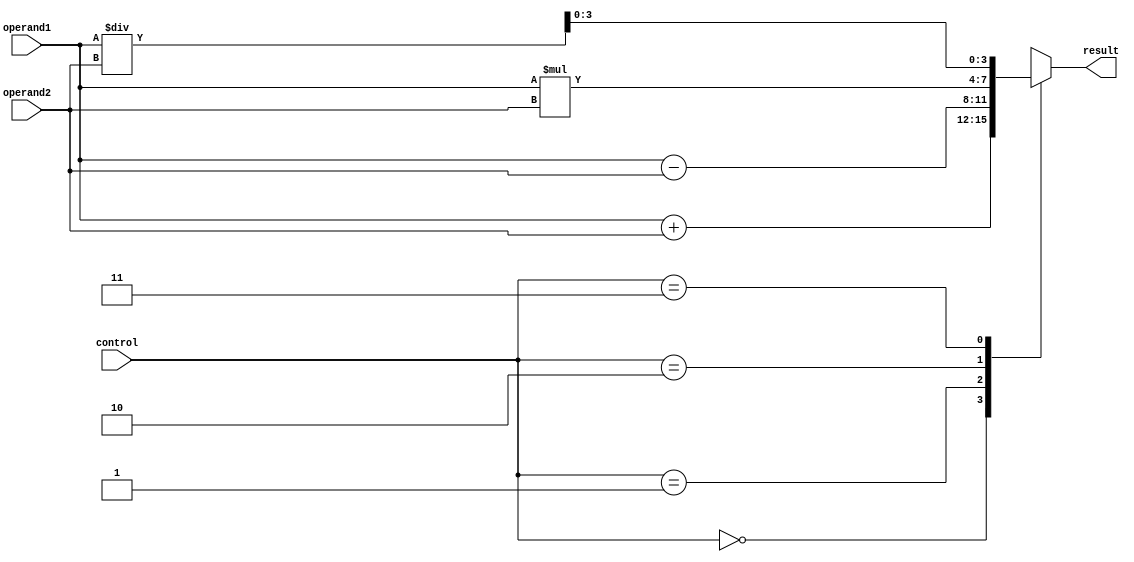
module ALU_4bit (
    input [3:0] operand1,
    input [3:0] operand2,
    input [1:0] control,
    output reg [3:0] result
);

// Arithmetic blocks
reg [4:0] add_result, sub_result, mul_result, div_result;

// Adder
assign add_result = operand1 + operand2;
// Subtractor
assign sub_result = operand1 - operand2;
// Multiplier
assign mul_result = operand1 * operand2;
// Divider
assign div_result = operand1 / operand2;

// Output result based on control input
always @(*)
begin
    case(control)
        2'b00: result = add_result[3:0];
        2'b01: result = sub_result[3:0];
        2'b10: result = mul_result[3:0];
        2'b11: result = div_result[3:0];
        default: result = 4'b0000;
    endcase
end

endmodule